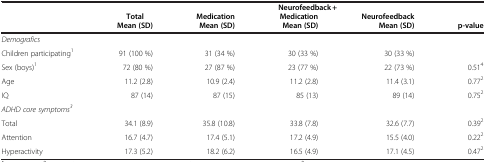
<table><thead><tr><td><b> </b></td><td><b> </b></td><td><b> </b></td><td><b> </b></td><td colspan="2"><b>Neurofeedback +</b></td></tr><tr><td><b> </b></td><td><b>Total</b></td><td><b>Medication</b></td><td><b> Medication</b></td><td><b>Neurofeedback</b></td><td><b> </b></td></tr><tr><td><b> </b></td><td><b>Mean (SD)</b></td><td><b>Mean (SD)</b></td><td><b>Mean (SD)</b></td><td><b>Mean (SD)</b></td><td><b>p-value</b></td></tr></thead><tbody><tr><td colspan="6"><i>Demografics</i></td></tr><tr><td>Children participating<sup>1</sup></td><td>91 (100 %)</td><td>31 (34 %)</td><td>30 (33 %)</td><td>30 (33 %)</td><td> </td></tr><tr><td>Sex (boys)<sup>1</sup></td><td>72 (80 %)</td><td>27 (87 %)</td><td>23 (77 %)</td><td>22 (73 %)</td><td>0.51<sup>4</sup></td></tr><tr><td>Age</td><td>11.2 (2.8)</td><td>10.9 (2.4)</td><td>11.2 (2.8)</td><td>11.4 (3.1)</td><td>0.77<sup>2</sup></td></tr><tr><td>IQ</td><td>87 (14)</td><td>87 (15)</td><td>85 (13)</td><td>89 (14)</td><td>0.75<sup>2</sup></td></tr><tr><td colspan="6"><i>ADHD core symptoms</i><sup><i>3</i></sup></td></tr><tr><td>Total</td><td>34.1 (8.9)</td><td>35.8 (10.8)</td><td>33.8 (7.8)</td><td>32.6 (7.7)</td><td>0.39<sup>2</sup></td></tr><tr><td>Attention</td><td>16.7 (4.7)</td><td>17.4 (5.1)</td><td>17.2 (4.9)</td><td>15.5 (4.0)</td><td>0.22<sup>2</sup></td></tr><tr><td>Hyperactivity</td><td>17.3 (5.2)</td><td>18.2 (6.2)</td><td>16.5 (4.9)</td><td>17.1 (4.5)</td><td>0.47<sup>2</sup></td></tr></tbody></table>